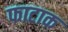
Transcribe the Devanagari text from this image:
फाटाक